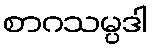
စာဂသမ္ပဒါ